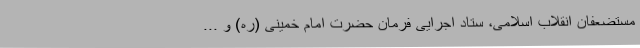
مستضعفان انقلاب اسلامی، ستاد اجرایی فرمان حضرت امام خمینی (ره) و ...